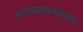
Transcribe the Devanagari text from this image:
त्यांच्याखालोखाल